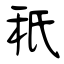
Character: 秖